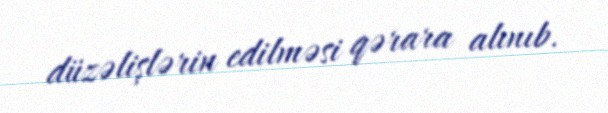
düzəlişlərin edilməsi qərara alınıb.